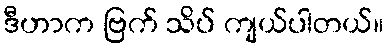
ဒီဟာက ဗြက် သိပ် ကျယ်ပါတယ်။